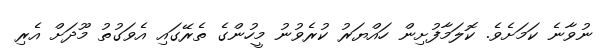
ނުވާނެ ކަމަށެވެ. ކޮލަމާފުށިން ހައްޔަރު ކުރެވުނު މީހުންގެ ތެރޭގައި އެވަގުތު މޫދަށް އެރި